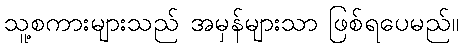
သူ့စကားများသည် အမှန်များသာ ဖြစ်ရပေမည်။